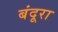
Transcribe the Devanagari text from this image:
बंदूरा